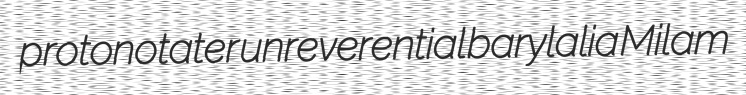
protonotater unreverential barylalia Milam